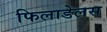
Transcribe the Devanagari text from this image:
फिलाडेलस